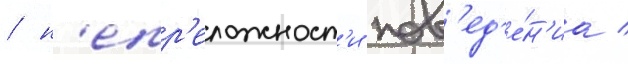
/ н'епр'еложност'и пов'ед'е́н'иа /